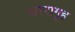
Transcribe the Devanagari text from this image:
धारागृह